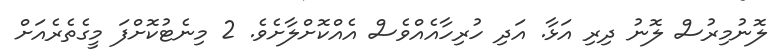
ލޮނުމިރުސް ލޮނު ދިރި އަޅާ. އަދި ހުރިހާއެއްވެސް އެއްކޮށްލާށެވެ. 2 މިނެޓުކޮށްފަ މީގެތެރެއަށް